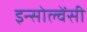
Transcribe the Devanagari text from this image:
इन्सोल्वेंसी